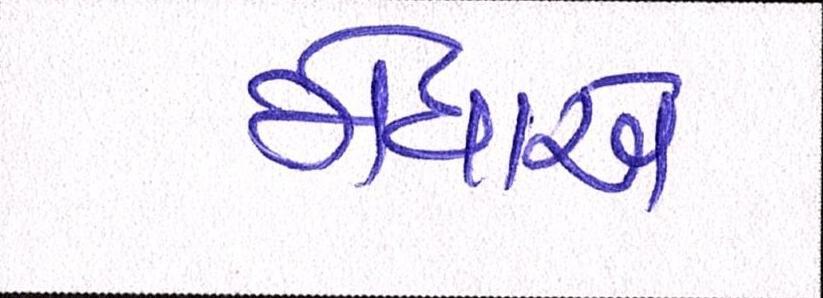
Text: મેઘાએ